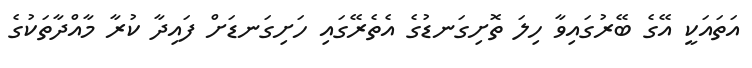
އަތައަކީ އޭގެ ބޭރުގައިވާ ހިލަ ތޮށިގަނޑުގެ އެތެރޭގައި ހަށިގަނޑަށް ފައިދާ ކުރާ މާއްދާތަކުގެ